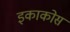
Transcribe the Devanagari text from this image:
इकाकोस